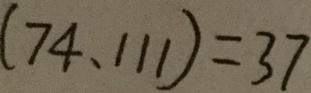
( 7 4 , 1 1 1 ) = 3 7